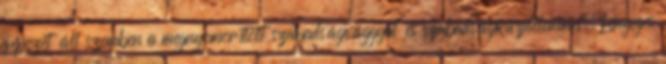
gépezet áll szemben a megnyomorított szabadságvággyal és szabadságküzdelemmel. Lényeges